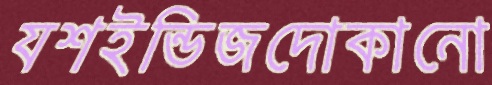
যশইন্ডিজদোকানো